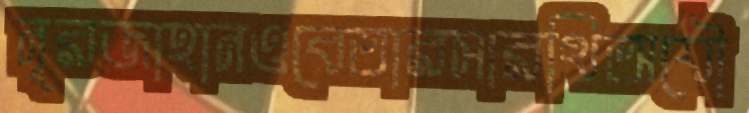
নূরজাহানওবেতারসারথিঅযৌ